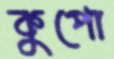
কুপো